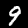
Label: 9